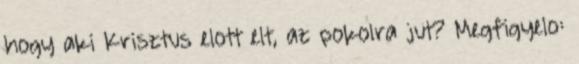
hogy aki Krisztus elott elt, az pokolra jut? Megfigyelo: